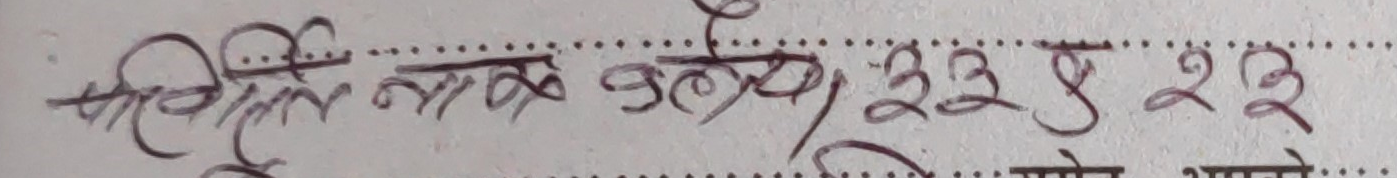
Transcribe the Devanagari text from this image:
सञ्चिति लाख रुपैया २३ पु २३